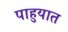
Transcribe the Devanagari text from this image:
पाहुयात